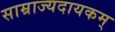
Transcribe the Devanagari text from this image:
साम्राज्यदायकम्